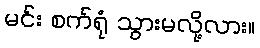
မင်း စက်ရုံ သွားမလို့လား။